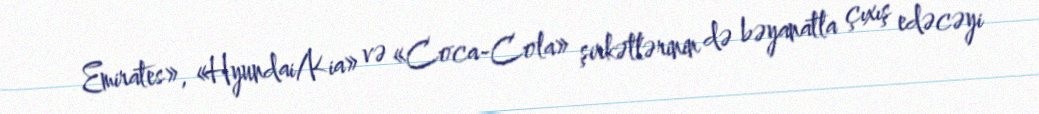
Emirates», «Hyundai/Kia» və «Coca-Cola» şirkətlərinin də bəyanatla çıxış edəcəyi